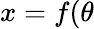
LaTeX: x=f(\theta